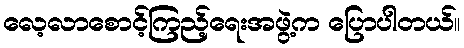
လေ့လာစောင့်ကြည့်ရေးအဖွဲ့က ပြောပါတယ်။